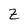
Character: z